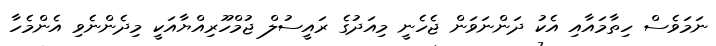
ނަމަވެސް ހިތާމައާއި އެކު ދަންނަވަން ޖެހެނީ މިއަދުގެ ރައީސުލް ޖުމްހޫރިއްޔާއަކީ މިދެންނެވި އެންމެހާ